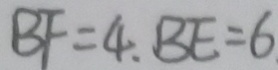
B F = 4 , B E = 6